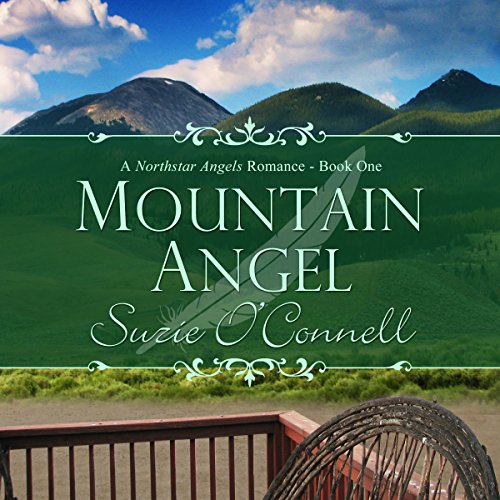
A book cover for Mountain Angel: Northstar Angels, Book 1; Suzie O'Connell; Romance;